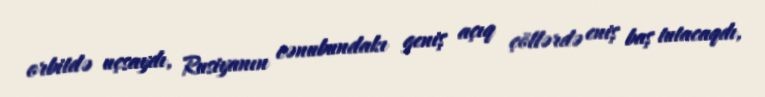
orbitdə uçsaydı, Rusiyanın cənubundakı geniş açıq çöllərdə eniş baş tutacaqdı,